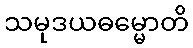
သမုဒယဓမ္မောတိ